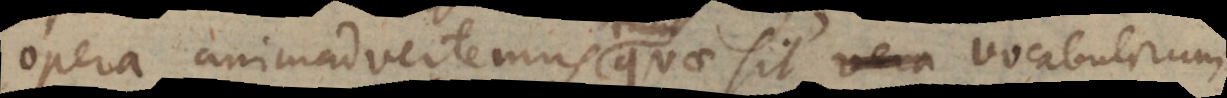
opera animadvertemus tum quae sit vocabulorum